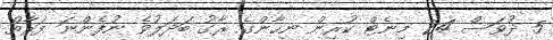
5 ދުވަސް 24 މިނެޓް ކުރިން ނިހާންގެ ރާގު ބަދަލުވެ ނުފެންނަ ފަރާތް